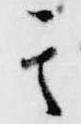
其